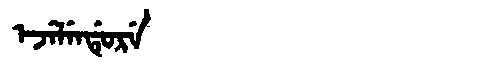
Manchu: ᡝᠵᡝᠯᡝᠨᡩᡠᡵᡝ
Romanization: EJELENDURE